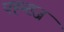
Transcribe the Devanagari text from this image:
फ्ह्ग्ख्ज